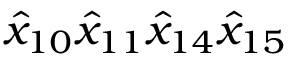
{ \hat { x } } _ { 1 0 } { \hat { x } } _ { 1 1 } { \hat { x } } _ { 1 4 } { \hat { x } } _ { 1 5 }